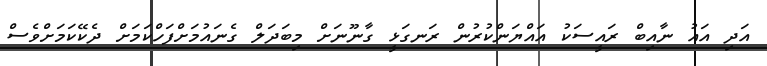
އަދި އައު ނާއިބް ރައީސަކު އައްޔަންކުރުން ރަނގަޅީ ގާނޫނަށް މިބަދަލް ގެނައުމަށްފަހްކަމަށް ދެކޭކަމަށްވެސް